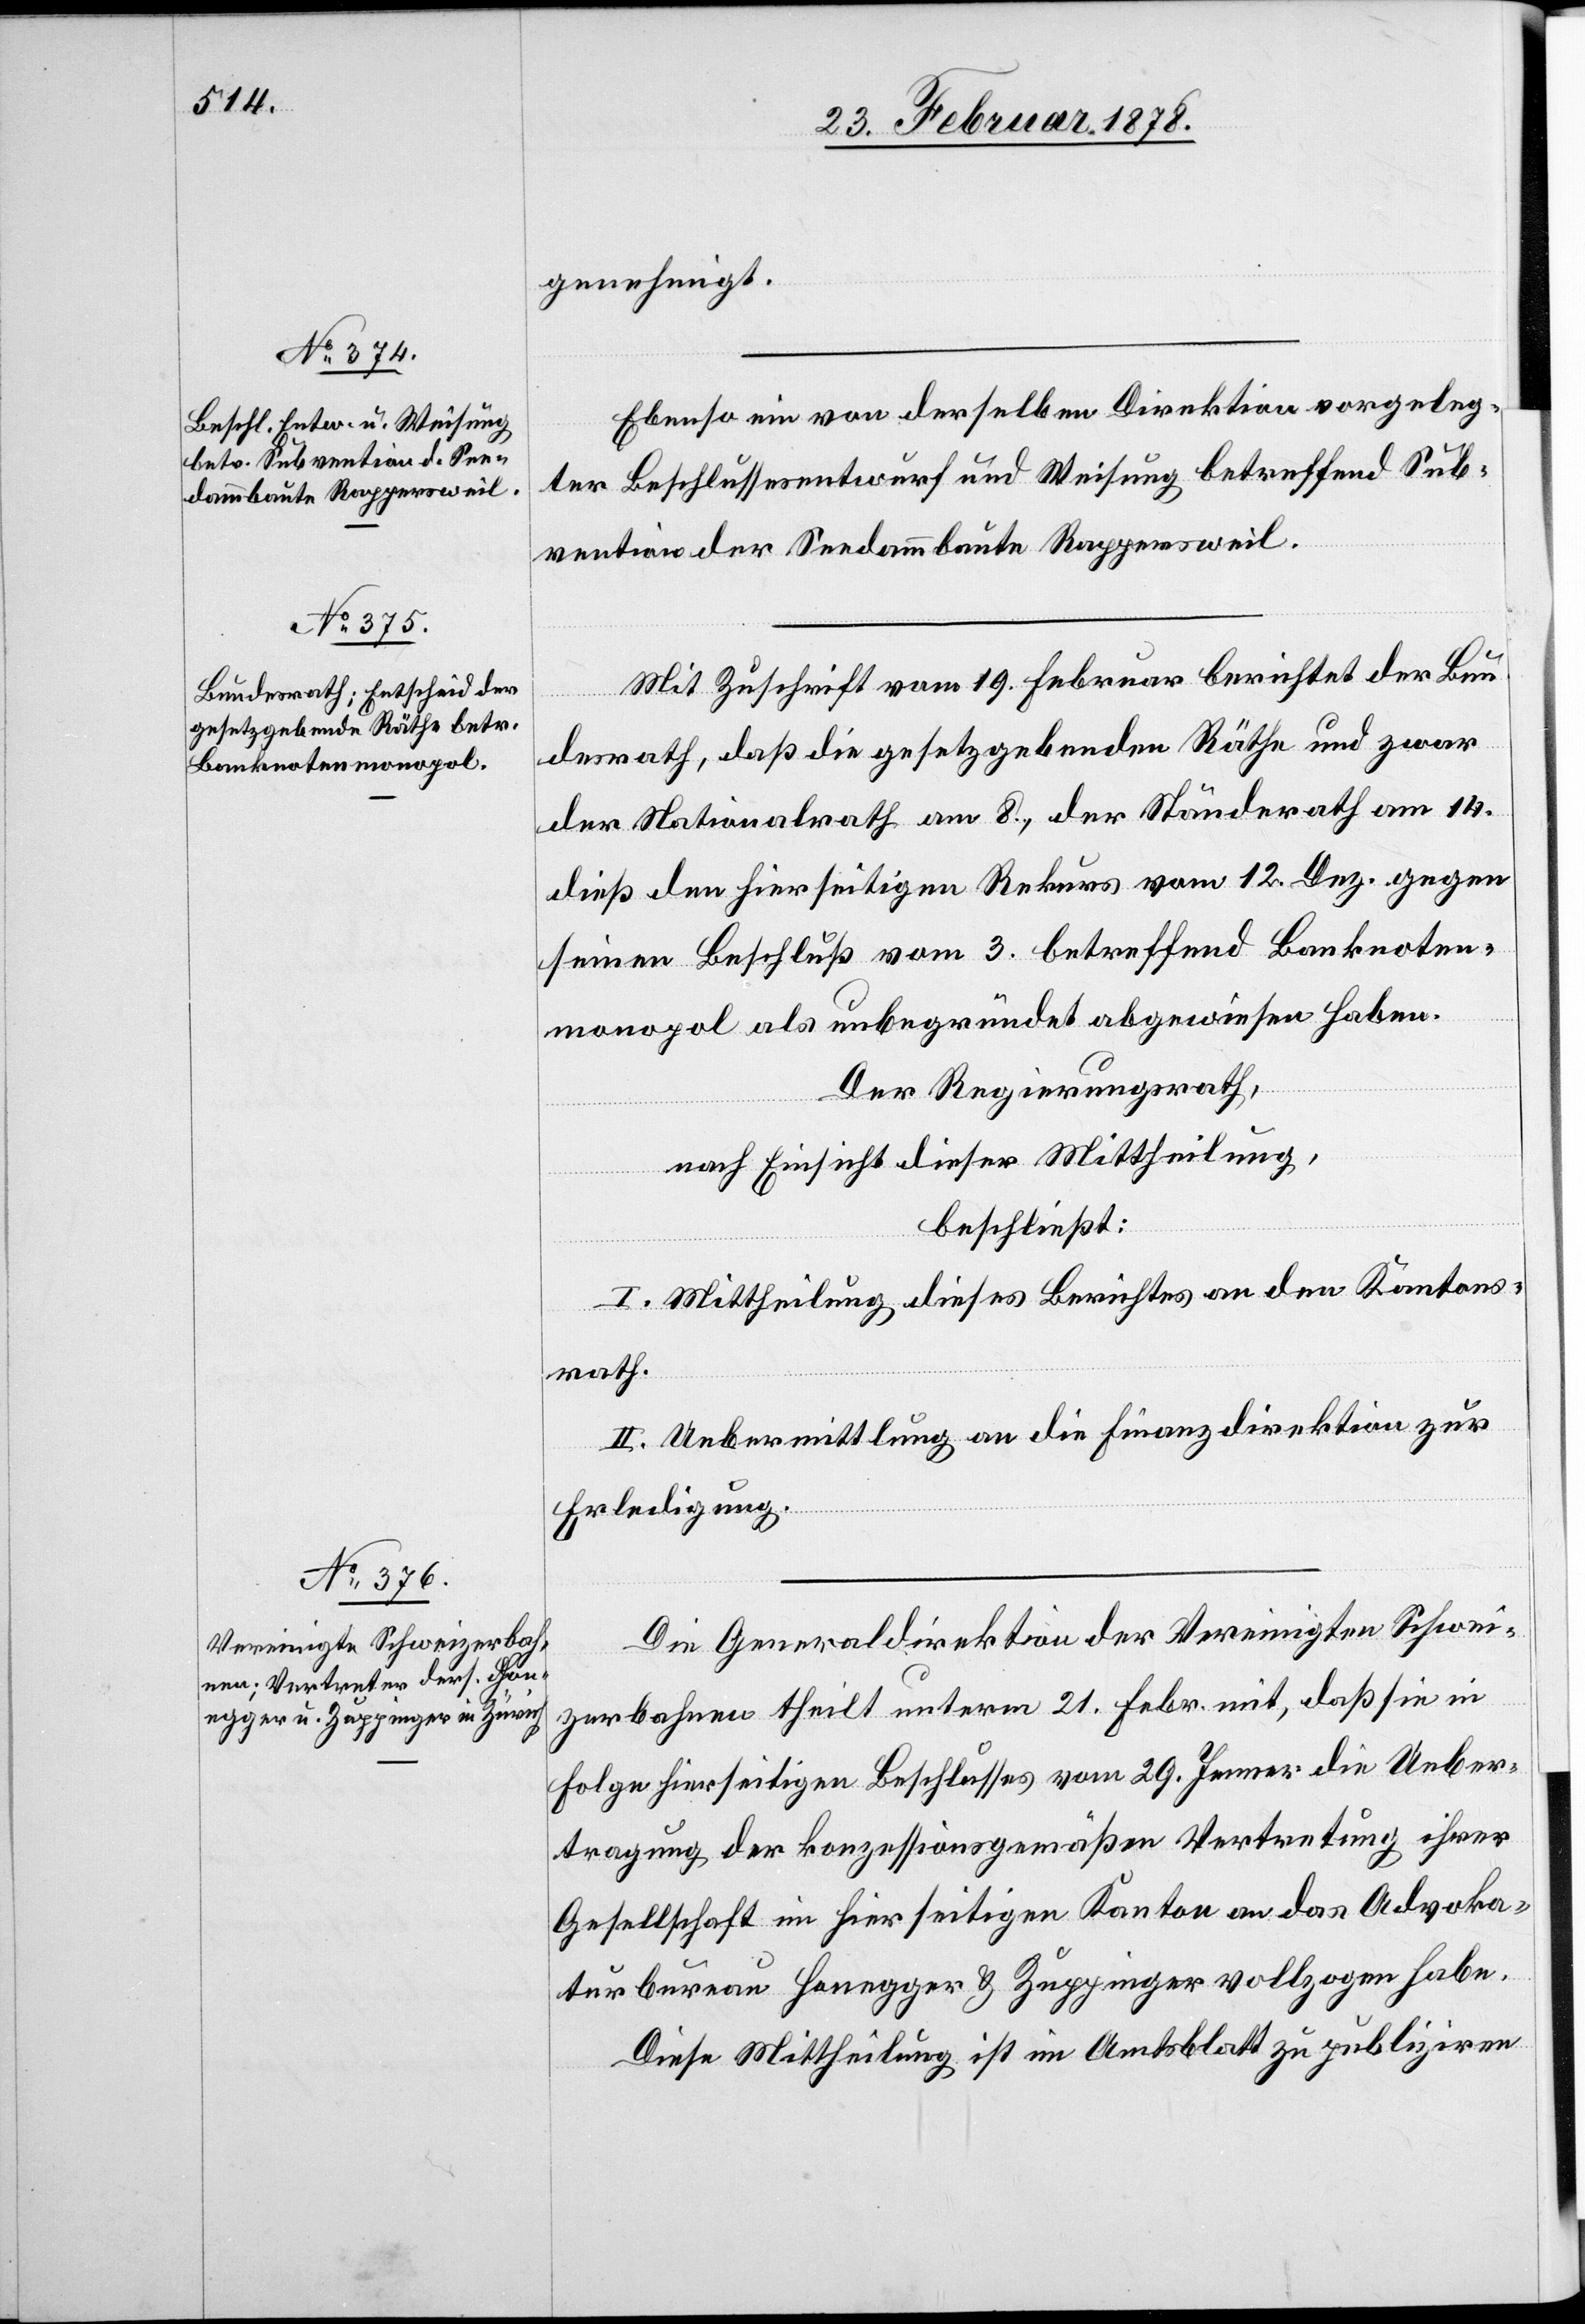
genehmigt.
Ebenso ein von derselben Direktion vorgeleg¬
ter Beschlussesentwurf und Weisung betreffend Sub¬
vention der Seedammbaute Rappersweil.
Mit Zuschrift vom 19. Februar berichtet der Bun¬
desrath, daß die gesetzgebenden Räthe und zwar
der Nationalrath am 8., der Ständerath am 14.
dieß den hierseitigen Rekurs vom 12. Dez. gegen
seinen Beschluß vom 3. betreffend Banknoten¬
monopol als unbegründet abgewiesen haben.
Der Regierungsrath,
nach Einsicht dieser Mittheilung,
beschließt:
I. Mittheilung dieses Berichtes an den Kantons¬
rath.
II. Uebermittlung an die Finanzdirektion zur
Erledigung.
Die Generaldirektion der Vereinigten Schwei¬
zerbahnen theilt unterm 21. Febr. mit, daß sie in
Folge hierseitigen Beschlusses vom 29. Jenner die Ueber¬
tragung der konzessionsgemäßen Vertretung ihrer
Gesellschaft im hierseitigen Kanton an das Advoka¬
turbureau Honegger & Zuppinger vollzogen habe.
Diese Mittheilung ist im Amtsblatt zu publiziren